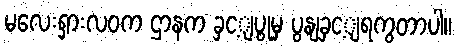
မလေးရှားလဝက ဌာနက ခှင့ျပွုမှ ပွနျခှင့ျရကွတာပါ။